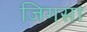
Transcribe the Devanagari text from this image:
जिगसा